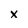
Character: x